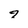
Character: 4